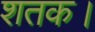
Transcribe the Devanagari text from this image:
शतक।